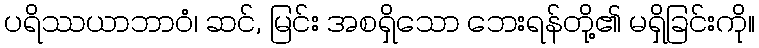
ပရိဿယာဘာဝံ၊ ဆင်, မြင်း အစရှိသော ဘေးရန်တို့၏ မရှိခြင်းကို။